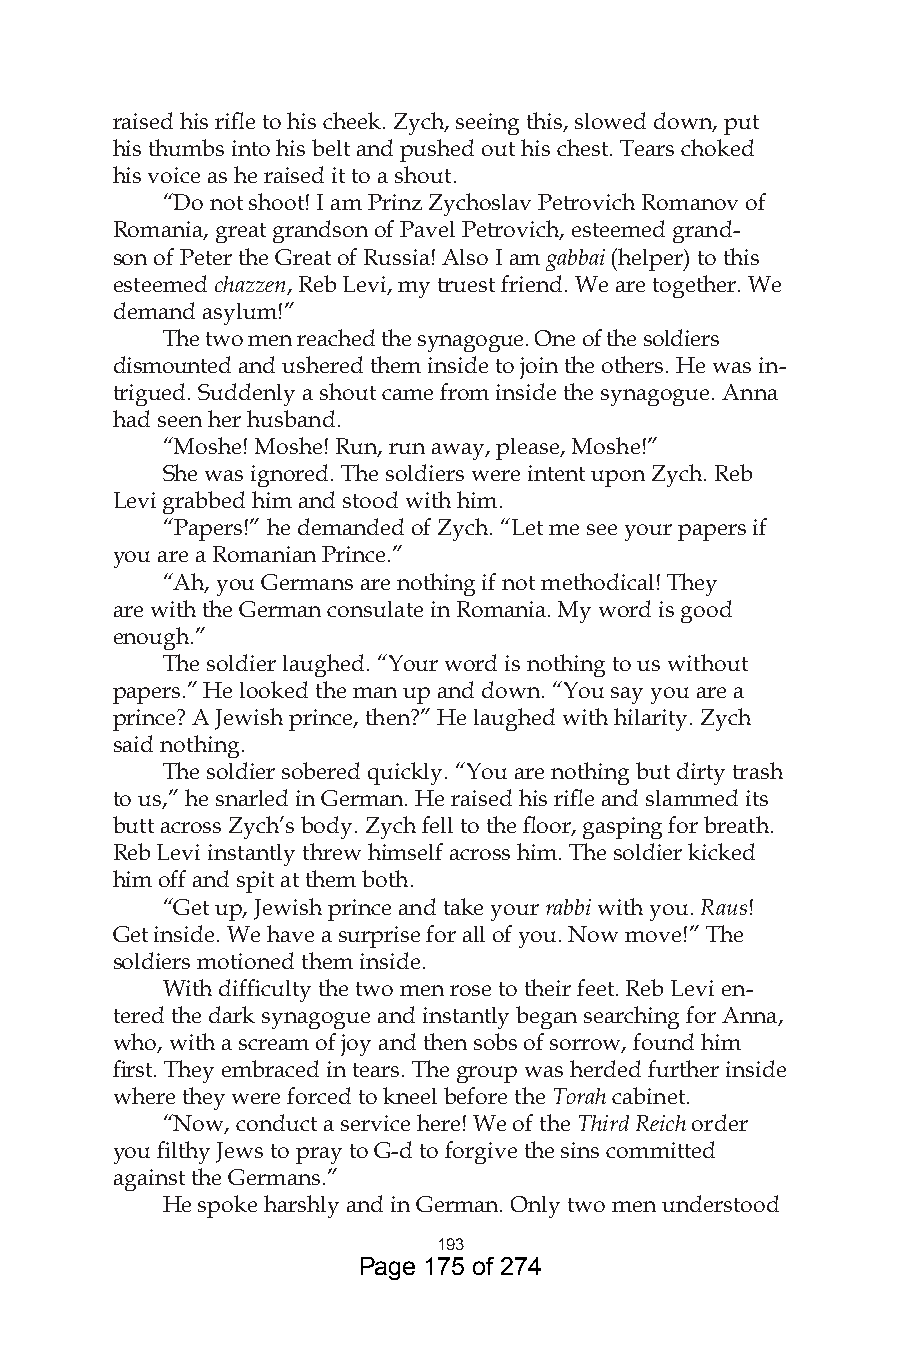
raised his rifle to his cheek. Zych, seeing this, slowed down, put
 his thumbs into his belt and pushed out his chest. Tears choked
 his voice as he raised it to a shout.
 “Do not shoot! I am Prinz Zychoslav Petrovich Romanov of
 Romania, great grandson of Pavel Petrovich, esteemed grand-
 son of Peter the Great of Russia! Also I am gabbai (helper) to this
 esteemed chazzen, Reb Levi, my truest friend. We are together. We
 demand asylum!”
 The two men reached the synagogue. One of the soldiers
 dismounted and ushered them inside to join the others. He was in-
 trigued. Suddenly a shout came from inside the synagogue. Anna
 had seen her husband.
 “Moshe! Moshe! Run, run away, please, Moshe!”
 She was ignored. The soldiers were intent upon Zych. Reb
 Levi grabbed him and stood with him.
 “Papers!” he demanded of Zych. “Let me see your papers if
 you are a Romanian Prince.”
 “Ah, you Germans are nothing if not methodical! They
 are with the German consulate in Romania. My word is good
 enough.”
 The soldier laughed. “Your word is nothing to us without
 papers.” He looked the man up and down. “You say you are a
 prince? A Jewish prince, then?” He laughed with hilarity. Zych
 said nothing.
 The soldier sobered quickly. “You are nothing but dirty trash
 to us,” he snarled in German. He raised his rifle and slammed its
 butt across Zych’s body. Zych fell to the floor, gasping for breath.
 Reb Levi instantly threw himself across him. The soldier kicked
 him off and spit at them both.
 “Get up, Jewish prince and take your rabbi with you. Raus!
 Get inside. We have a surprise for all of you. Now move!” The
 soldiers motioned them inside.
 With difficulty the two men rose to their feet. Reb Levi en-
 tered the dark synagogue and instantly began searching for Anna,
 who, with a scream of joy and then sobs of sorrow, found him
 first. They embraced in tears. The group was herded further inside
 where they were forced to kneel before the Torah cabinet.
 “Now, conduct a service here! We of the Third Reich order
 you filthy Jews to pray to G-d to forgive the sins committed
 against the Germans.”
 He spoke harshly and in German. Only two men understood
 9
 Page 175 of 274